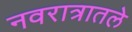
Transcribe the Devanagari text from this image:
नवरात्रातले